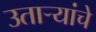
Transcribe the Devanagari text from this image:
उतार्‍यांचे